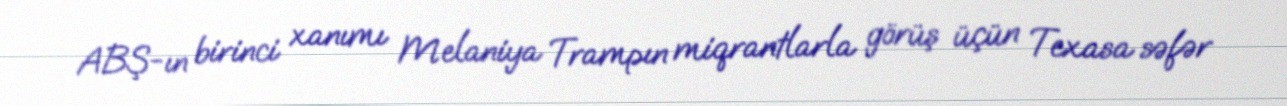
ABŞ-ın birinci xanımı Melaniya Trampın miqrantlarla görüş üçün Texasa səfər